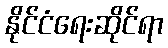
နိုင်ငံရေးဆိုင်ရာ